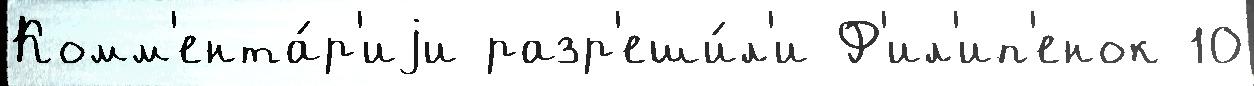
Комм'ента́р'иjи разр'еши́л'и Ф'ил'ип'енок 10